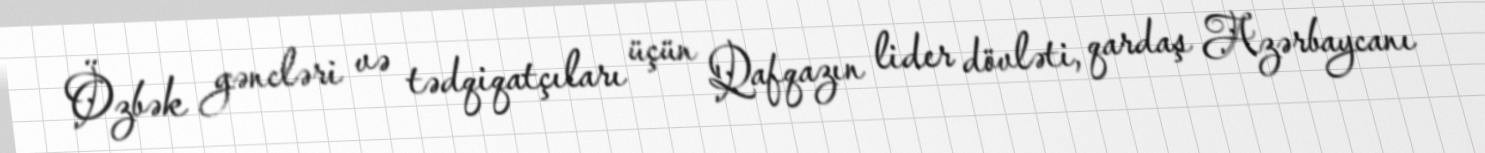
Özbək gəncləri və tədqiqatçıları üçün Qafqazın lider dövləti, qardaş Azərbaycanı